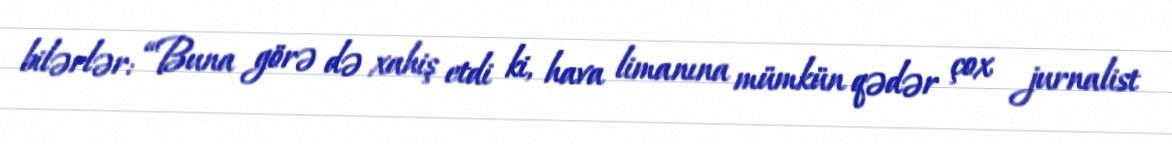
bilərlər: “Buna görə də xahiş etdi ki, hava limanına mümkün qədər çox jurnalist